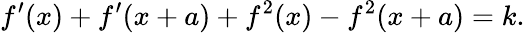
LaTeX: f^{\prime}(x)+f^{\prime}(x+a)+f^{2}(x)-f^{2}(x+a)=k.